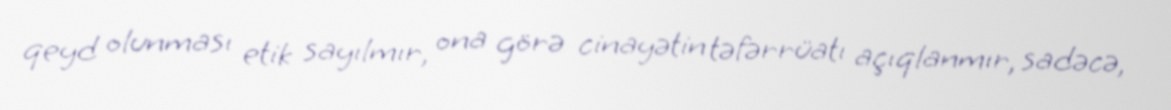
qeyd olunması etik sayılmır, ona görə cinayətin təfərrüatı açıqlanmır, sadəcə,